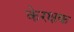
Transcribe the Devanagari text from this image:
केरक्षक